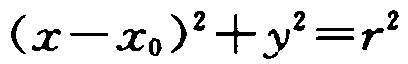
\((x - x_0)^2 + y^2 = r^2\)